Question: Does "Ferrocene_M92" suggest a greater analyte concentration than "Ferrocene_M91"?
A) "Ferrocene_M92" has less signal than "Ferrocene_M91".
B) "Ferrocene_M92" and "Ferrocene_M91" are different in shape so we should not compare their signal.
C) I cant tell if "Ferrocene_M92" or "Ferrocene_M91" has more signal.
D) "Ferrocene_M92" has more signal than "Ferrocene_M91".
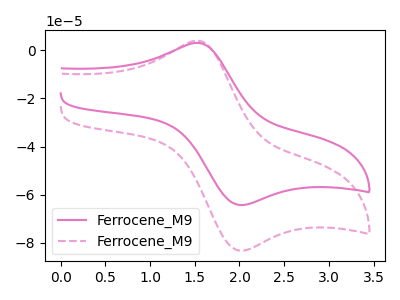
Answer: <think>The pink curve "Ferrocene_M91" has an anodic peak at (1.50V, 3.10uA) and a cathodic peak at (2.00V, -64.30uA). The pink dashed curve "Ferrocene_M92" has an anodic peak at (1.50V, 4.00uA) and a cathodic peak at (2.00V, -83.25uA).
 All the peaks in "Ferrocene_M92" have a peak in "Ferrocene_M91" at the same potential. Every peak in "Ferrocene_M92" is higher than every peak in "Ferrocene_M91".</think>
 <answer>D) "Ferrocene_M92" has more signal than "Ferrocene_M91".</answer>
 <eval>D</eval>